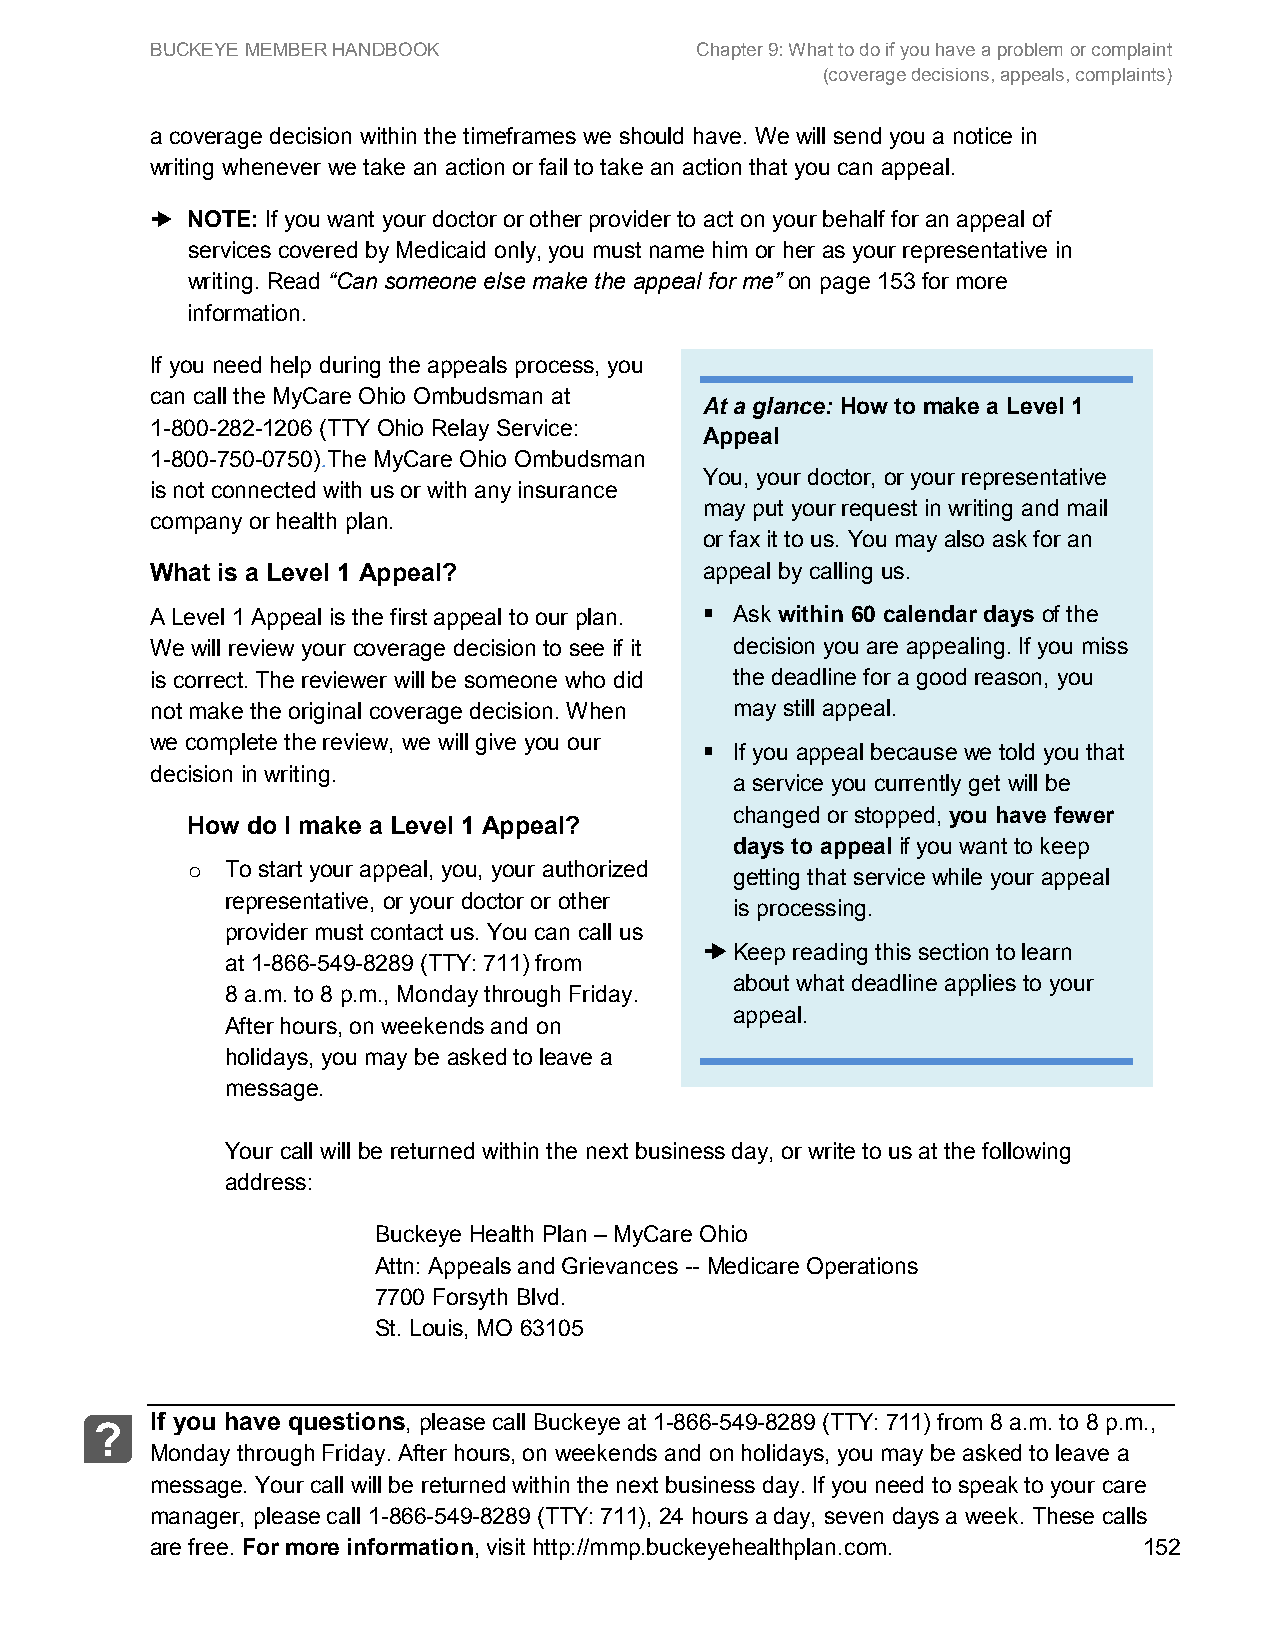
BUCKEYE MEMBER HANDBOOK             Chapter 9: What to do if you have a problem or complaint
 (coverage decisions, appeals, complaints)
 a coverage decision within the timeframes we should have. We will send you a notice in
 writing whenever we take an action or fail to take an action that you can appeal.
 ➜ NOTE: If you want your doctor or other provider to act on your behalf for an appeal of
 services covered by Medicaid only, you must name him or her as your representative in
 writing. Read “Can someone else make the appeal for me” on page 153 for more
 information.
 If you need help during the appeals process, you
 can call the MyCare Ohio Ombudsman at
 At a glance: How to make a Level 1
 1-800-282-1206 (TTY Ohio Relay Service:
 Appeal
 1-800-750-0750).The MyCare Ohio Ombudsman
 You, your doctor, or your representative
 is not connected with us or with any insurance
 may put your request in writing and mail
 company or health plan.
 or fax it to us. You may also ask for an
 What is a Level 1 Appeal?            appeal by calling us.
 A Level 1 Appeal is the first appeal to our plan.  Ask within 60 calendar days of the
 We will review your coverage decision to see if it decision you are appealing. If you miss
 is correct. The reviewer will be someone who did the deadline for a good reason, you
 not make the original coverage decision. When may still appeal.
 we complete the review, we will give you our  If you appeal because we told you that
 decision in writing.
 a service you currently get will be
 changed or stopped, you have fewer
 How do I make a Level 1 Appeal?
 days to appeal if you want to keep
 To start your appeal, you, your authorized
 o                                    getting that service while your appeal
 representative, or your doctor or other
 is processing.
 provider must contact us. You can call us
 ➜ Keep reading this section to learn
 at 1-866-549-8289 (TTY: 711) from
 about what deadline applies to your
 8 a.m. to 8 p.m., Monday through Friday.
 appeal.
 After hours, on weekends and on
 holidays, you may be asked to leave a
 message.
 Your call will be returned within the next business day, or write to us at the following
 address:
 Buckeye Health Plan – MyCare Ohio
 Attn: Appeals and Grievances -- Medicare Operations
 7700 Forsyth Blvd.
 St. Louis, MO 63105
 If you have questions, please call Buckeye at 1-866-549-8289 (TTY: 711) from 8 a.m. to 8 p.m.,
 ?
 Monday through Friday. After hours, on weekends and on holidays, you may be asked to leave a
 message. Your call will be returned within the next business day. If you need to speak to your care
 manager, please call 1-866-549-8289 (TTY: 711), 24 hours a day, seven days a week. These calls
 are free. For more information, visit http://mmp.buckeyehealthplan.com. 152